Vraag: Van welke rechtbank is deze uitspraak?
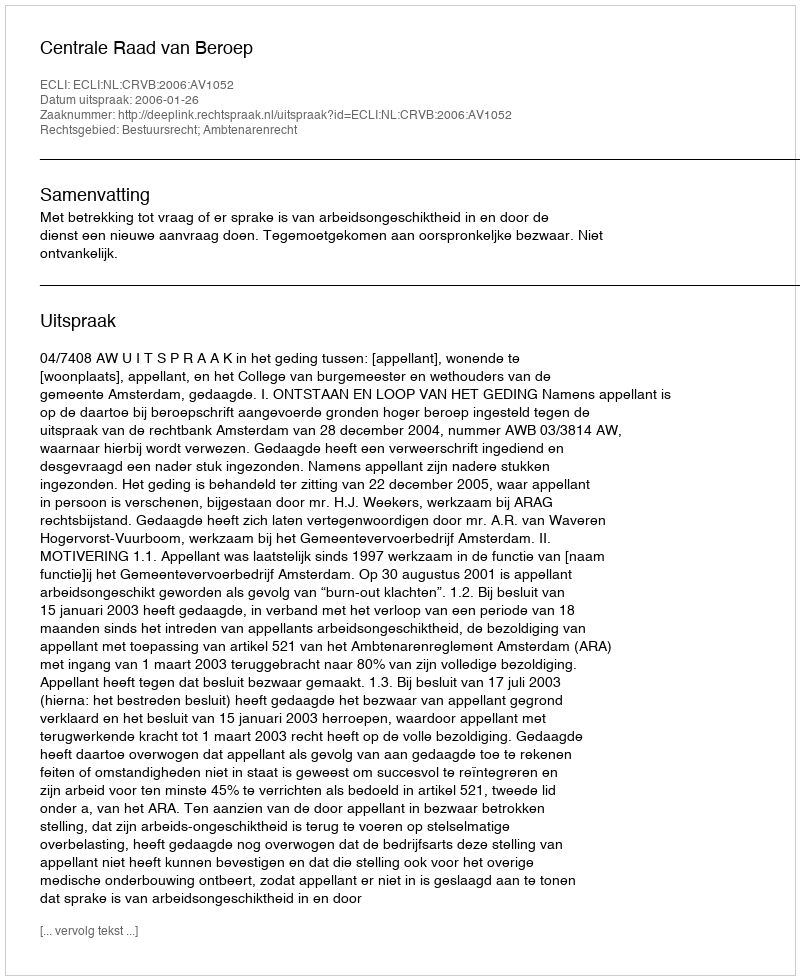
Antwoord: Centrale Raad van Beroep